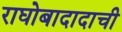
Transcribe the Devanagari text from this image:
राघोबादादाची